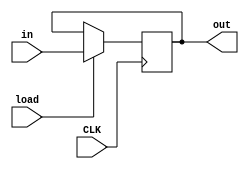
module Register(
  input signed [15:0] in,
  input load,
  output [15:0] out,
  input CLK
  );

  reg signed [15:0] out = 16'b0;
  always @(posedge CLK) begin
    if (load)
      out <= in;
  end
  
endmodule